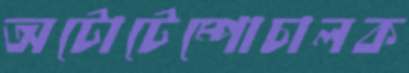
অটোটেম্পোচালক